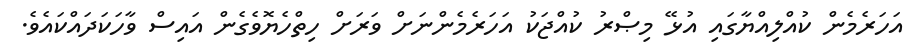
އަހަރެމެން ކުއްލިއްޔާގައި އުޅޭ މިޞްރު ކުއްޖަކު އަހަރެމެންނަށް ވަރަށް ހިތްހެޔޮވެގެން އައިސް ވާހަކަދައްކައެވެ.